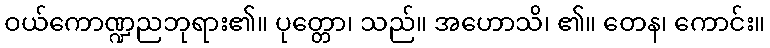
ဝယ်ကောဏ္ဍညဘုရား၏။ ပုတ္တော၊ သည်။ အဟောသိ၊ ၏။ တေန၊ ကောင်း။